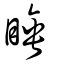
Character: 睡